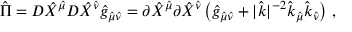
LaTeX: { \hat { \Pi } } = D { \hat { X } } ^ { \hat { \mu } } D { \hat { X } } ^ { \hat { \nu } } { \hat { g } } _ { { \hat { \mu } } { \hat { \nu } } } = \partial { \hat { X } } ^ { \hat { \mu } } \partial { \hat { X } } ^ { \hat { \nu } } \left( { \hat { g } } _ { { \hat { \mu } } { \hat { \nu } } } + | { \hat { k } } | ^ { - 2 } { \hat { k } } _ { \hat { \mu } } { \hat { k } } _ { \hat { \nu } } \right) \, ,